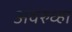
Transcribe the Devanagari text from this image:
अवरुध्हा